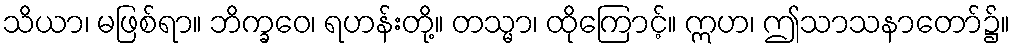
သိယာ၊ မဖြစ်ရာ။ ဘိက္ခဝေ၊ ရဟန်းတို့။ တသ္မာ၊ ထိုကြောင့်။ ဣဟ၊ ဤသာသနာတော်၌။